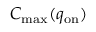
C _ { \mathrm { m a x } } ( q _ { \mathrm { o n } } )